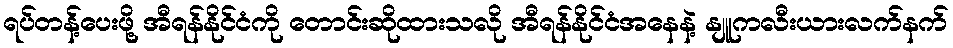
ရပ်တန့်ပေးဖို့ အီရန်နိုင်ငံကို တောင်းဆိုထားသလို အီရန်နိုင်ငံအနေနဲ့ နျူကလီးယားလက်နက်